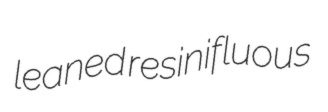
leaned resinifluous